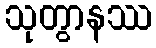
သုတွာနဿ